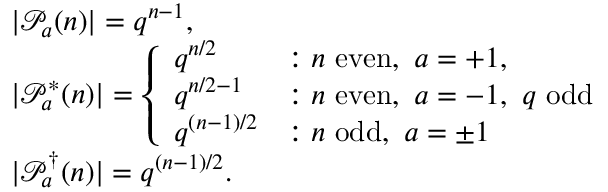
\begin{array} { r l } & { | \mathcal { P } _ { a } ( n ) | = q ^ { n - 1 } , } \\ & { | \mathcal { P } _ { a } ^ { * } ( n ) | = \left\{ \begin{array} { l l } { q ^ { n / 2 } } & { : n ~ \mathrm { e v e n } , ~ a = + 1 , } \\ { q ^ { n / 2 - 1 } } & { : n ~ \mathrm { e v e n } , ~ a = - 1 , ~ q ~ \mathrm { o d d } } \\ { q ^ { ( n - 1 ) / 2 } } & { : n ~ \mathrm { o d d } , ~ a = \pm 1 } \end{array} \right. } \\ & { | \mathcal { P } _ { a } ^ { \dagger } ( n ) | = q ^ { ( n - 1 ) / 2 } . } \end{array}